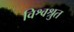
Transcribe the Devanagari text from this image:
विश्वश्रुत